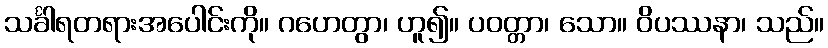
သင်္ခါရတရားအပေါင်းကို။ ဂဟေတွာ၊ ဟူ၍။ ပဝတ္တာ၊ သော။ ဝိပဿနာ၊ သည်။